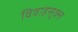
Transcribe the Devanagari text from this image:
विवाहसूक्त